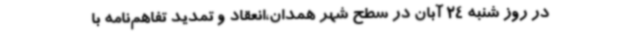
در روز شنبه 24 آبان در سطح شهر همدان،انعقاد و تمدید تفاهم‌نامه با